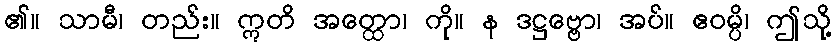
၏။ သာမီ၊ တည်း။ ဣတိ အတ္ထော၊ ကို။ န ဒဋ္ဌဗ္ဗော၊ အပ်။ ဧဝမ္ပိ၊ ဤသို့